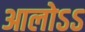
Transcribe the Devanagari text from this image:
आलोऽऽ